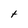
Character: t